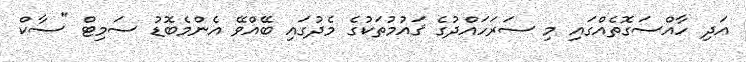
އަދި ހާއްސަގޮތެއްގައި މި ސަރަހައްދުގެ ޤައުމުތަކުގެ މެދުގައި ބޭއްވޭ އެންމެބޮޑު ސަމިޓް "ސާކް